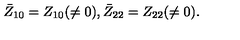
\bar { Z } _ { 1 0 } = Z _ { 1 0 } ( \neq 0 ) , \bar { Z } _ { 2 2 } = Z _ { 2 2 } ( \neq 0 ) .